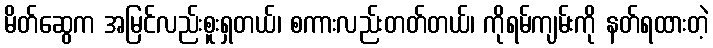
မိတ်ဆွေက အမြင်လည်းစူးရှတယ်၊ စကားလည်းတတ်တယ်၊ ကိုရမ်ကျမ်းကို နတ်ရထားတဲ့